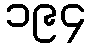
၁၉၄